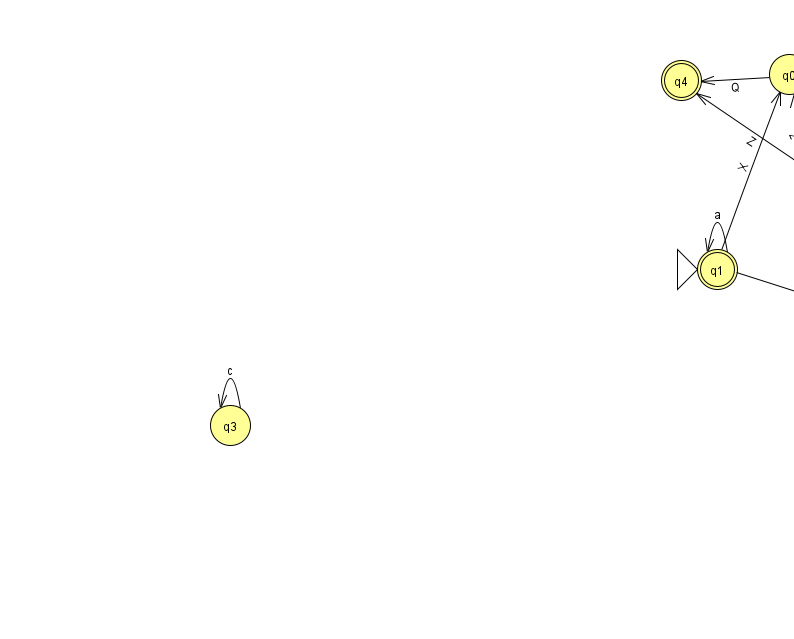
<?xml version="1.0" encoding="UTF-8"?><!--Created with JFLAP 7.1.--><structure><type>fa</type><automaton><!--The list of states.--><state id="0" name="q0"><x>789.0</x><y>61.0</y></state><state id="1" name="q1"><x>717.0</x><y>256.0</y><initial/><final/></state><state id="2" name="q2"><x>834.0</x><y>171.0</y></state><state id="3" name="q3"><x>230.0</x><y>412.0</y></state><state id="4" name="q4"><x>681.0</x><y>67.0</y><final/></state><state id="5" name="q5"><x>881.0</x><y>308.0</y></state><state id="6" name="q6"><x>956.0</x><y>50.0</y></state><!--The list of transitions.--><transition><from>2</from><to>6</to><read>P</read></transition><transition><from>0</from><to>6</to><read>V</read></transition><transition><from>1</from><to>1</to><read>a</read></transition><transition><from>1</from><to>5</to><read>n</read></transition><transition><from>3</from><to>3</to><read>c</read></transition><transition><from>1</from><to>0</to><read>X</read></transition><transition><from>0</from><to>2</to><read>b</read></transition><transition><from>0</from><to>4</to><read>Q</read></transition><transition><from>2</from><to>4</to><read>Z</read></transition><transition><from>2</from><to>0</to><read>z</read></transition><transition><from>2</from><to>5</to><read>k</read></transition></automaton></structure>